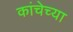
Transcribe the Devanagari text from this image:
कांचेच्या